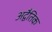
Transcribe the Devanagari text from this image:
अद्वैतिक